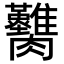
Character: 𦣚